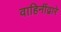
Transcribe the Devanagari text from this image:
वाहिनींद्वारे